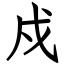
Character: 戍